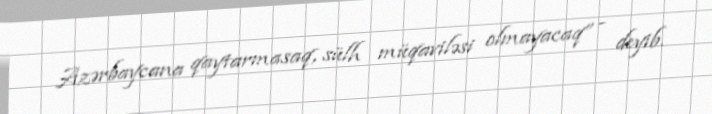
Azərbaycana qaytarmasaq, sülh müqaviləsi olmayacaq” - deyib.